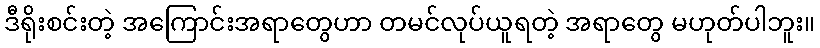
ဒီရိုးစင်းတဲ့ အကြောင်းအရာတွေဟာ တမင်လုပ်ယူရတဲ့ အရာတွေ မဟုတ်ပါဘူး။